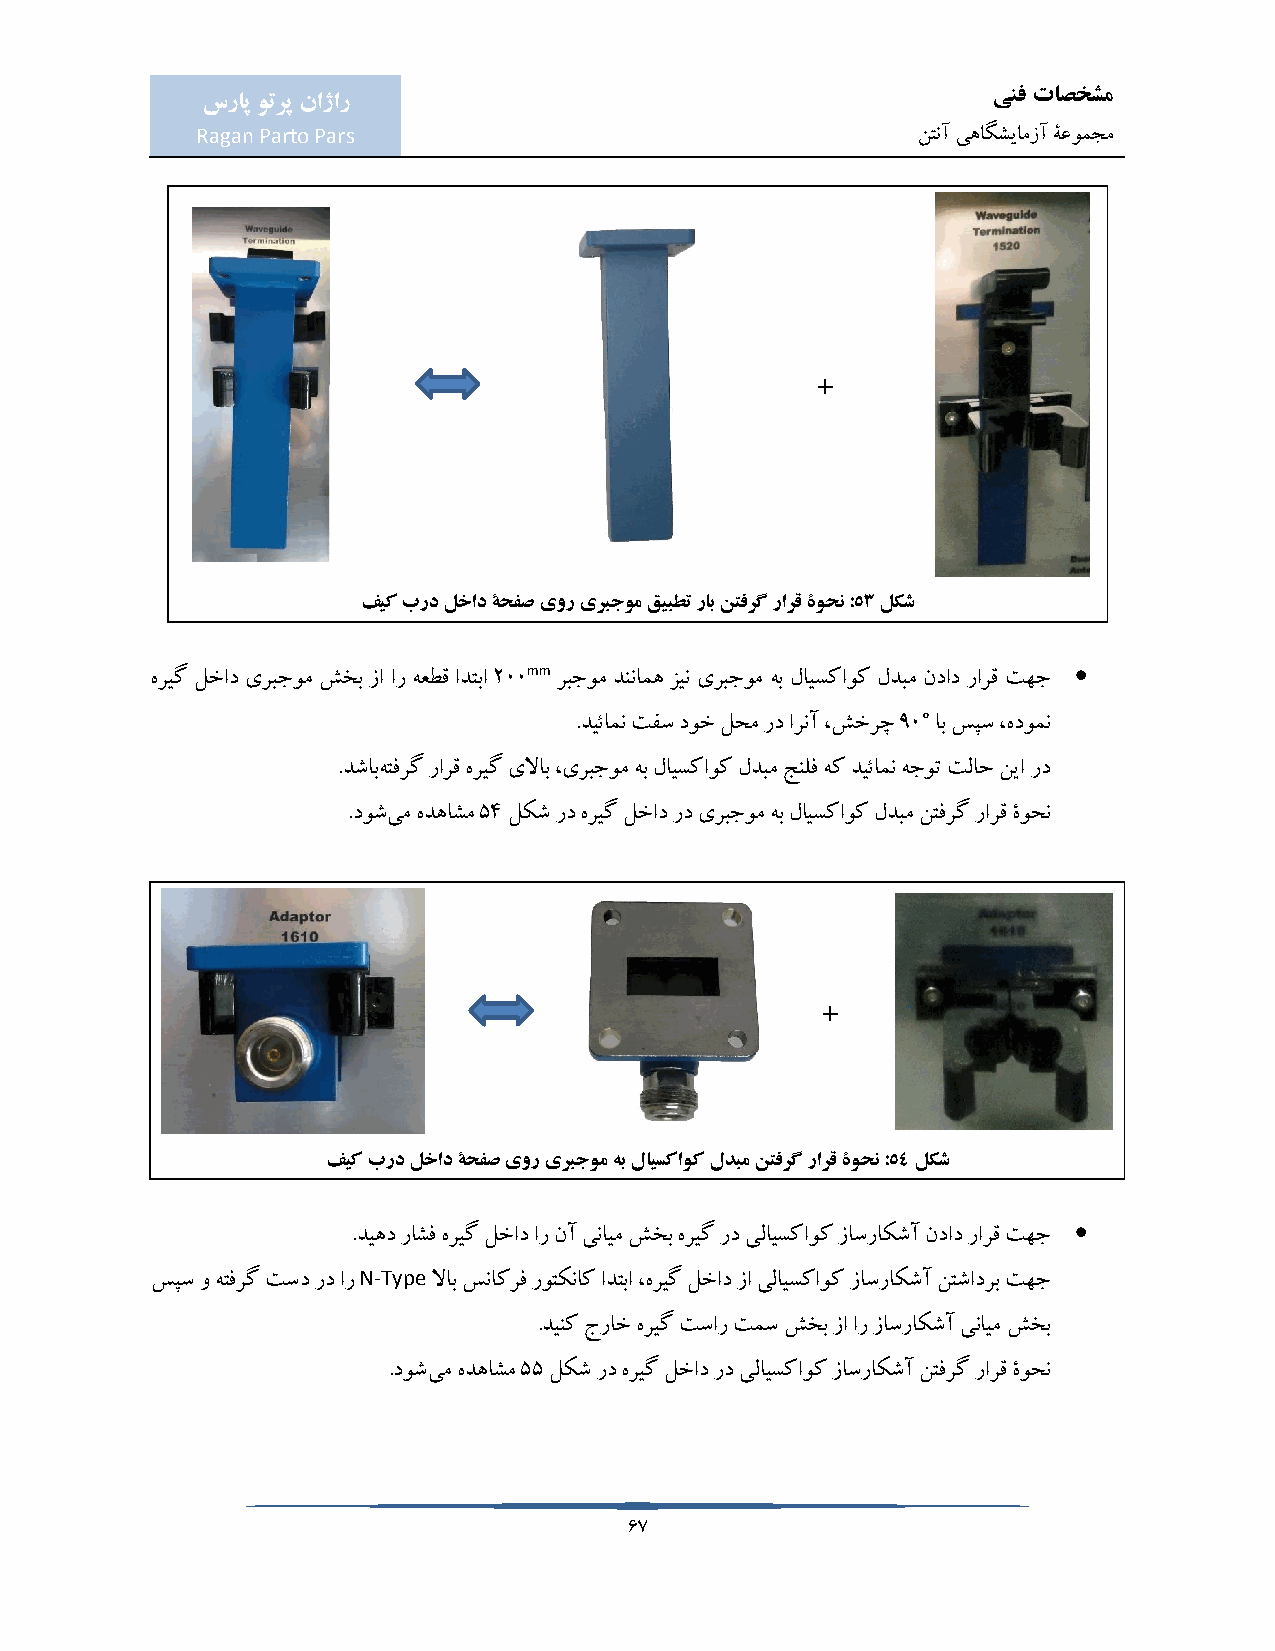
ینف تاصخشم
 سراپ وترپ ناژار
 Ragan Parto Pars                                نتنآ یهاگشیامزآ ۀعومجم
 +
 فیک برد لخاد ۀحفص یور یربجوم قیبطت راب نتفرگ رارق ۀوحن :53 لکش
 mm                                  
 هریگ لخاد یربجوم شخب زا ار هعطق ادتبا 200 ربجوم دننامه زین یربجوم هب لایسکاوک لدبم نداد رارق تهج
 °
 .دیئامن تفس دوخ لحم رد ارنآ ،شخرچ 90 اب سپس ،هدومن
 .دشابهتفرگ رارق هریگ یلااب ،یربجوم هب لایسکاوک لدبم جنلف هک دیئامن هجوت تلاح نیا رد
 .دوشیم هدهاشم 54 لکش رد هریگ لخاد رد یربجوم هب لایسکاوک لدبم نتفرگ رارق ۀوحن
 +
 فیک برد لخاد ۀحفص یور یربجوم هب لایسکاوک لدبم نتفرگ رارق ۀوحن :54 لکش
 
 .دیهد راشف هریگ لخاد ار نآ ینایم شخب هریگ رد یلایسکاوک زاسراکشآ نداد رارق تهج
 N-Type
 سپس و هتفرگ تسد رد ار لااب سناکرف روتکناک ادتبا ،هریگ لخاد زا یلایسکاوک زاسراکشآ نتشادرب تهج
 .دینک جراخ هریگ تسار تمس شخب زا ار زاسراکشآ ینایم شخب
 .دوشیم هدهاشم 55 لکش رد هریگ لخاد رد یلایسکاوک زاسراکشآ نتفرگ رارق ۀوحن
 67